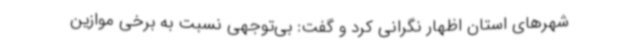
شهرهای استان اظهار نگرانی کرد و گفت: بی‌توجهی نسبت به برخی موازین